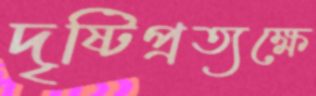
দৃষ্টিপ্রত্যক্ষে